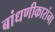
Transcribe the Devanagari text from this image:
बांधणीकारांना